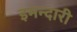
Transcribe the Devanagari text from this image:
इमन्दारी